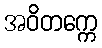
အဝိတက္ကေ